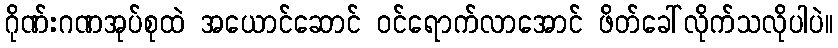
ဂိုဏ်းဂဏအုပ်စုထဲ အယောင်ဆောင် ဝင်ရောက်လာအောင် ဖိတ်ခေါ်လိုက်သလိုပါပဲ။